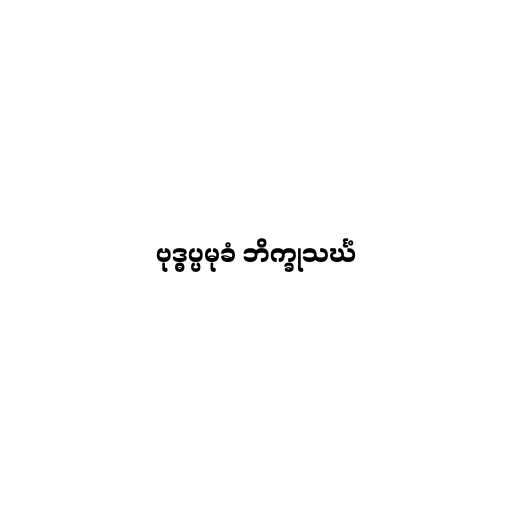
ဗုဒ္ဓပ္ပမုခံ ဘိက္ခုသင်္ဃံ